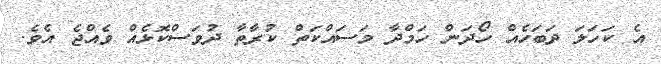
އެ ކަހަލަ ދަބަހެއް ހޯދަން ހަމްދާ މަސައްކަތް ކުރާތާ ދުވަސްކޮޅެއް ވެއްޖެ އެވެ.